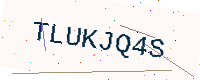
Text: TLUKJQ4S